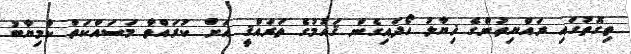
ތިގޮތުގައި ރައްޔިތުންގެ ޚިޔާލު ހޯދައިގެން ޤައުމުގެ ތަރައްޤީ އަށް ކުރައްވާ މަސައްކަތް ކާމިޔާބު